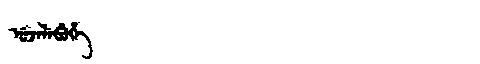
Manchu: ᡠᠵᡝᠯᡝᠪᡠᡥᡝ
Romanization: UJELEBUHE